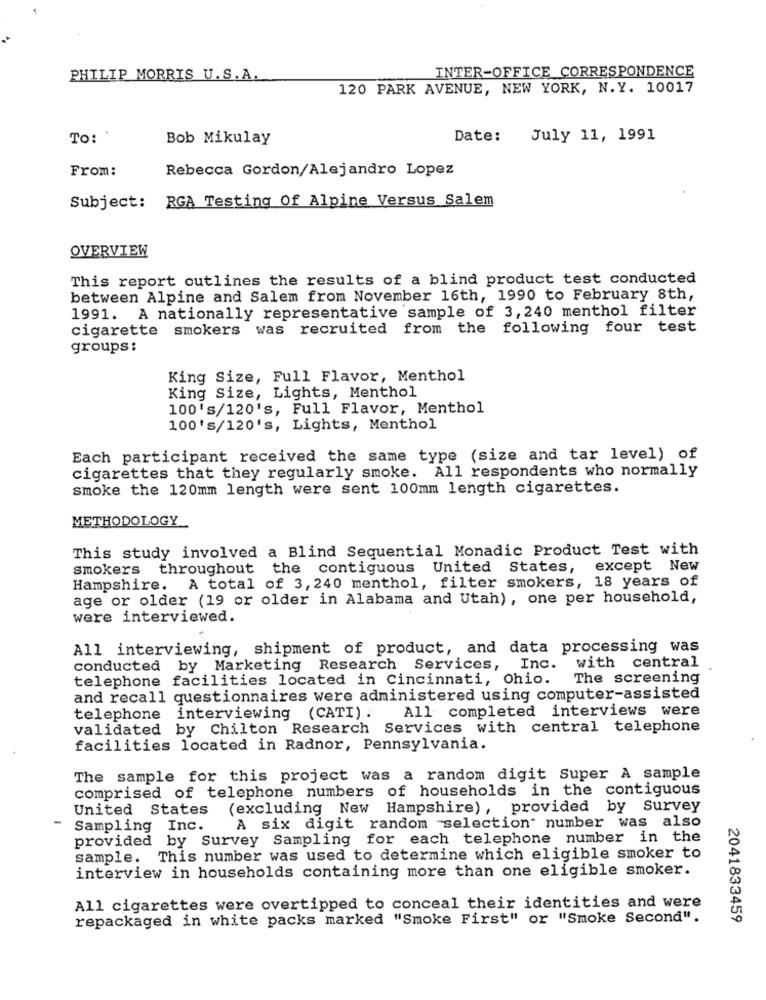
INTER-OFFICE CORRESPONDENCE
PHILIP MORRIS U.S.A.
120 PARK AVENUE, NEW YORK, N.Y. 10017
To: '
Bob Mikulay
Date:
July 11, 1991
From:
Rebecca Gordon/Alejandro Lopez
Subject: RGA Testing Of Alpine Versus Salem
OVERVIEW
This report outlines the results of a blind product test conducted
between Alpine and Salem from November 16th, 1990 to February 8th,
1991. A nationally representative sample of 3, 240 menthol filter
cigarette smokers was recruited from the following four test
groups :
King Size, Full Flavor, Menthol
King Size, Lights, Menthol
100's/120's, Full Flavor, Menthol
100's/120's, Lights, Menthol
Each participant received the same type (size and tar level) of
cigarettes that they regularly smoke. All respondents who normally
smoke the 120mm length were sent 100mm length cigarettes.
METHODOLOGY
This study involved a Blind Sequential Monadic Product Test with
smokers
throughout the contiguous United States,
except New
Hampshire. A total of 3, 240 menthol, filter smokers, 18 years of
age or older (19 or older in Alabama and Utah), one per household,
were interviewed.
All interviewing, shipment of product, and data processing was
conducted by Marketing Research Services, Inc. with central
telephone facilities located in Cincinnati, Ohio.
The screening
and recall questionnaires were administered using computer-assisted
All completed interviews were
telephone interviewing (CATI) .
validated by Chilton Research Services with central telephone
facilities located in Radnor, Pennsylvania.
The sample for this project was a random digit Super A sample
comprised of telephone numbers of households in the contiguous
United States (excluding New Hampshire), provided by Survey
Sampling Inc.
A six digit random selection" number was also
provided by Survey Sampling for each telephone number in the
sample. This number was used to determine which eligible smoker to
interview in households containing more than one eligible smoker.
All cigarettes were overtipped to conceal their identities and were
repackaged in white packs marked "Smoke First" or "Smoke Second".
2041833459